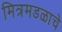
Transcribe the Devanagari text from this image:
मित्रमडळाचे